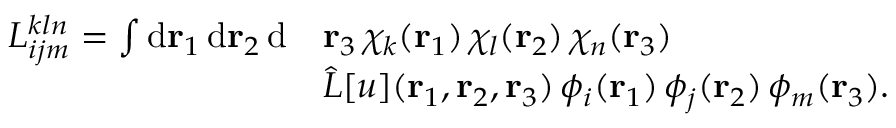
\begin{array} { r l } { { L } _ { i j m } ^ { k l n } = \int \mathrm { d } { \mathbf { r } _ { 1 } } \, \mathrm { d } { \mathbf { r } _ { 2 } } \, \mathrm { d } } & { { \mathbf { r } _ { 3 } } \, \chi _ { k } ( { \mathbf { r } _ { 1 } } ) \, \chi _ { l } ( { \mathbf { r } _ { 2 } } ) \, \chi _ { n } ( { \mathbf { r } _ { 3 } } ) \, } \\ & { \hat { L } [ u ] ( { \mathbf { r } _ { 1 } } , { \mathbf { r } _ { 2 } } , { \mathbf { r } _ { 3 } } ) \, \phi _ { i } ( { \mathbf { r } _ { 1 } } ) \, \phi _ { j } ( { \mathbf { r } _ { 2 } } ) \, \phi _ { m } ( { \mathbf { r } _ { 3 } } ) . } \end{array}